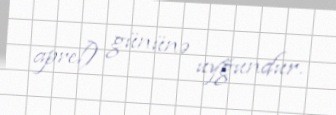
aprel) gününə uyğundur.